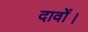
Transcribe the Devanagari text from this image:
दावों।